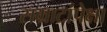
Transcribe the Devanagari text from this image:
सम्राटांपेक्षा